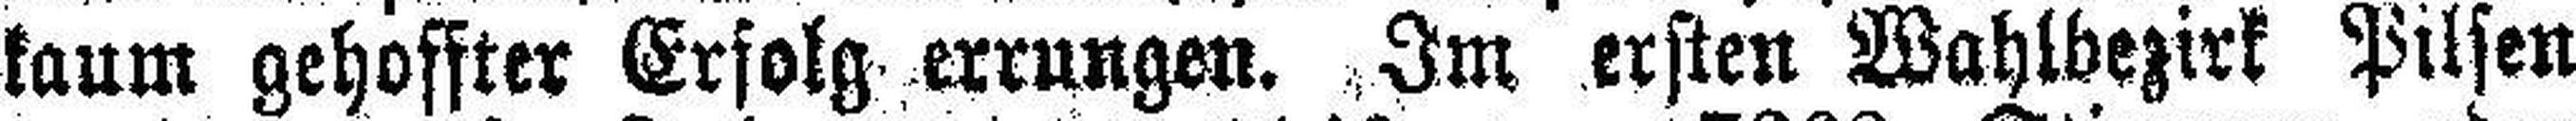
kaum gehoffter Erfolg errungen. Im ersten Wahlbezirk Pilsen